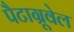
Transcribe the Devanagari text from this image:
पैटाग्रूवेल